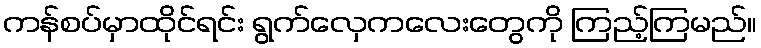
ကန်စပ်မှာထိုင်ရင်း ရွက်လှေကလေးတွေကို ကြည့်ကြမည်။